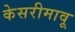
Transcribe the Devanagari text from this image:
केसरीमावू